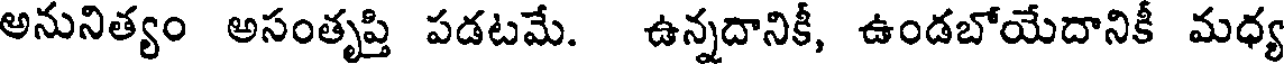
అనునిత్యం అసంతృప్తి పడటమే. ఉన్నదానికీ, ఉండబోయేదానికీ మధ్య